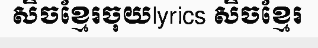
សិចខ្មែរចុយlyrics សិចខ្មែរ